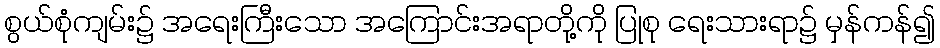
စွယ်စုံကျမ်း၌ အရေးကြီးသော အကြောင်းအရာတို့ကို ပြုစု ရေးသားရာ၌ မှန်ကန်၍